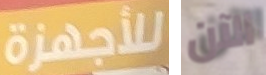
للأجهزة الآن